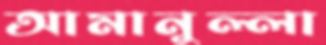
আমানুল্লা